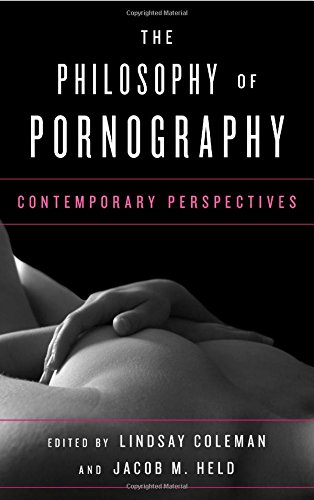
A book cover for The Philosophy of Pornography: Contemporary Perspectives; Politics & Social Sciences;